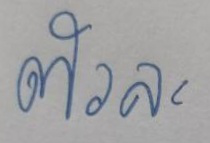
ตัวละ